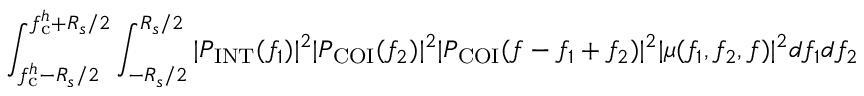
\int _ { f _ { \mathrm { c } } ^ { h } - R _ { s } / 2 } ^ { f _ { \mathrm { c } } ^ { h } + R _ { s } / 2 } \int _ { - R _ { s } / 2 } ^ { R _ { s } / 2 } | P _ { \mathrm { I N T } } ( f _ { 1 } ) | ^ { 2 } | P _ { \mathrm { C O I } } ( f _ { 2 } ) | ^ { 2 } | P _ { \mathrm { C O I } } ( f - f _ { 1 } + f _ { 2 } ) | ^ { 2 } | \mu ( f _ { 1 } , f _ { 2 } , f ) | ^ { 2 } d f _ { 1 } d f _ { 2 }